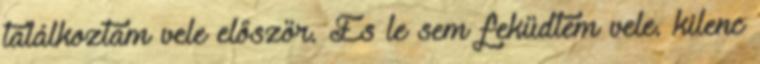
találkoztam vele először. És le sem feküdtem vele. kilenc